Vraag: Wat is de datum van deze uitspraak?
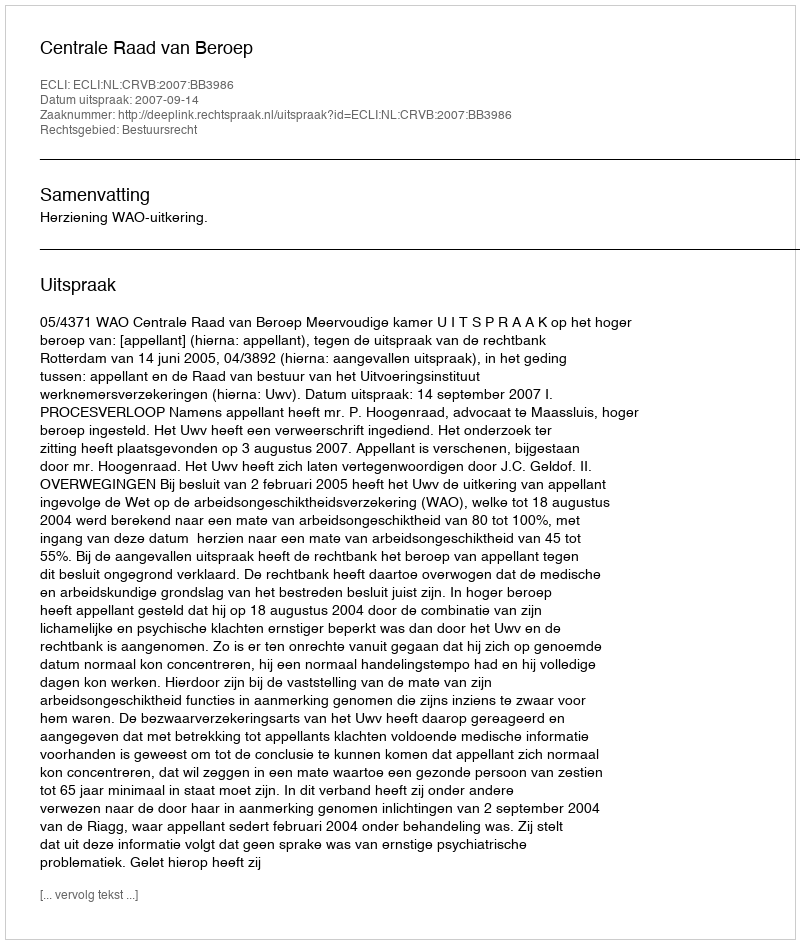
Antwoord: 2007-09-14